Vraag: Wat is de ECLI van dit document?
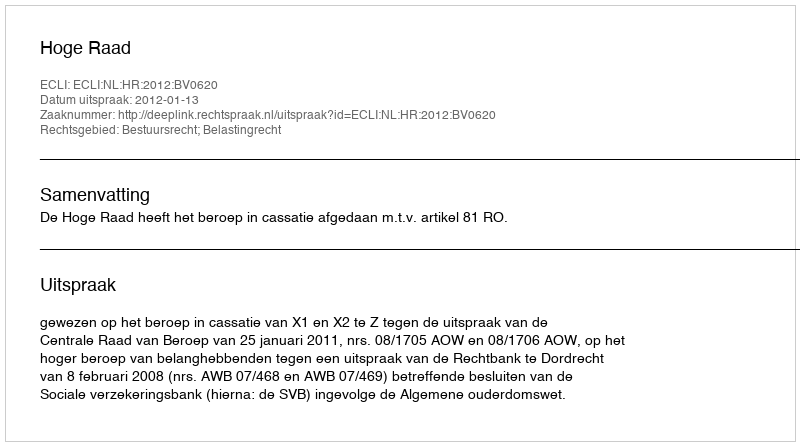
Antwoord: ECLI:NL:HR:2012:BV0620